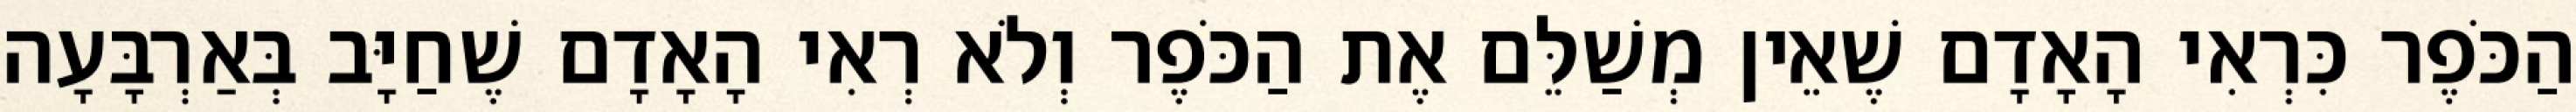
הַכֹּפֶר כִּרְאִי הָאָדָם שֶׁאֵין מְשַׁלֵּם אֶת הַכֹּפֶר וְלֹא רְאִי הָאָדָם שֶׁחַיָּב בְּאַרְבָּעָה